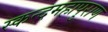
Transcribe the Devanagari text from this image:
स्कन्दमहापुराण